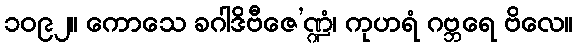
၁၀၉၂။ ကောသေ ခဂါဒိဗီဇေ’ဏ္ဍံ၊ ကုဟရံ ဂဗ္ဘရေ ဗိလေ။